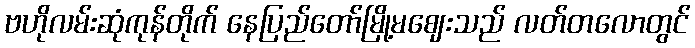
ဗဟိုလမ်းဆုံကုန်တိုက် နေပြည်တော်မြို့မဈေးသည် လတ်တလောတွင်